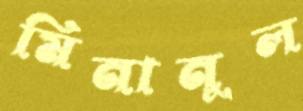
মিনানুল